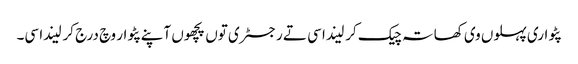
پٹواری پہلوں وی کھاتہ چیک کر لیندا سی تے رجسٹری توں پچھوں آپنے پٹوار وچ درج کر لیندا سی۔